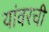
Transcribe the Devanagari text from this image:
यांवरची